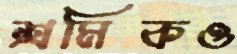
শ্রমিকও